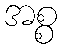
အစ္စ